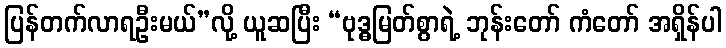
ပြန်တက်လာရဦးမယ်”လို့ ယူဆပြီး “ဗုဒ္ဓမြတ်စွာရဲ့ ဘုန်းတော် ကံတော် အရှိန်ပါ